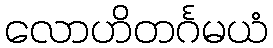
လောဟိတင်္ဂမယံ